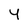
Character: 4